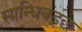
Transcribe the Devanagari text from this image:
सान्धिबड्छ